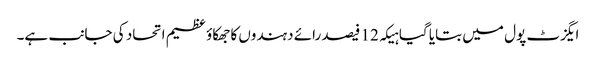
ایگزٹ پول میں بتایا گیا ہیکہ 12 فیصد رائے دہندوں کا جھکاؤ عظیم اتحاد کی جانب ہے۔